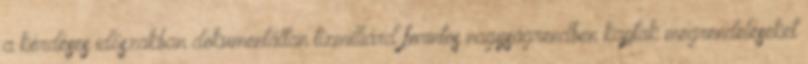
a kérdéses időszakban dokumentáltan tízmilliárd forintos nagyságrendben kaptak megrendeléseket